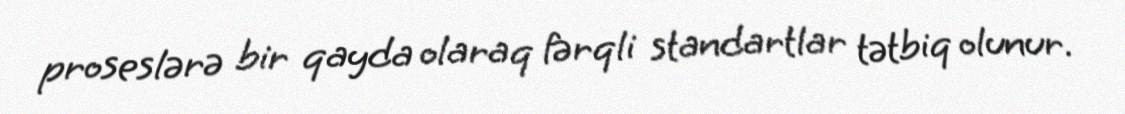
proseslərə bir qayda olaraq fərqli standartlar tətbiq olunur.